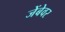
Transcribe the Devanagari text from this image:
जेंबेवर